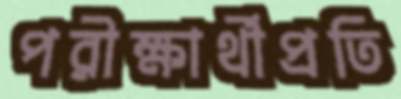
পরীক্ষার্থীপ্রতি